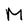
Character: M